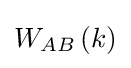
W_{AB}\left(k\right)